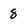
Character: 8